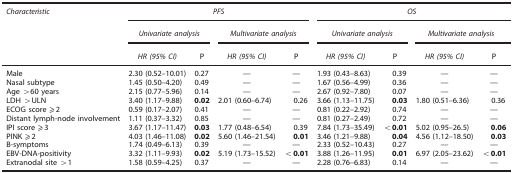
<table><thead><tr><td><b><i>Characteristic</i></b></td><td colspan="4"><b><i>PFS</i></b></td><td colspan="4"><b><i>OS</i></b></td></tr><tr><td><b> </b></td><td colspan="2"><b><i>Univariate analysis</i></b></td><td colspan="2"><b><i>Multivariate analysis</i></b></td><td colspan="2"><b><i>Univariate analysis</i></b></td><td colspan="2"><b><i>Multivariate analysis</i></b></td></tr><tr><td><b> </b></td><td><b><i>HR (95% CI)</i></b></td><td><b>P</b></td><td><b><i>HR (95% CI)</i></b></td><td><b>P</b></td><td><b><i>HR (95% CI)</i></b></td><td><b>P</b></td><td><b><i>HR (95% CI)</i></b></td><td><b>P</b></td></tr></thead><tbody><tr><td>Male</td><td>2.30 (0.52–10.01)</td><td>0.27</td><td>—</td><td>—</td><td>1.93 (0.43–8.63)</td><td>0.39</td><td>—</td><td>—</td></tr><tr><td>Nasal subtype</td><td>1.45 (0.50–4.20)</td><td>0.49</td><td>—</td><td>—</td><td>1.67 (0.56–4.99)</td><td>0.36</td><td>—</td><td>—</td></tr><tr><td>Age &gt;60 years</td><td>2.15 (0.77–5.96)</td><td>0.14</td><td>—</td><td>—</td><td>2.67 (0.92–7.80)</td><td>0.07</td><td>—</td><td>—</td></tr><tr><td>LDH &gt;ULN</td><td>3.40 (1.17–9.88)</td><td><b>0.02</b></td><td>2.01 (0.60–6.74)</td><td>0.26</td><td>3.66 (1.13–11.75)</td><td><b>0.03</b></td><td>1.80 (0.51–6.36)</td><td>0.36</td></tr><tr><td>ECOG score ⩾2</td><td>0.59 (0.17–2.07)</td><td>0.41</td><td>—</td><td>—</td><td>0.81 (0.22–2.92)</td><td>0.74</td><td>—</td><td>—</td></tr><tr><td>Distant lymph-node involvement</td><td>1.11 (0.37–3.32)</td><td>0.85</td><td>—</td><td>—</td><td>0.81 (0.27–2.49)</td><td>0.72</td><td>—</td><td>—</td></tr><tr><td>IPI score ⩾3</td><td>3.67 (1.17–11.47)</td><td><b>0.03</b></td><td>1.77 (0.48–6.54)</td><td>0.39</td><td>7.84 (1.73–35.49)</td><td><b>&lt;0.01</b></td><td>5.02 (0.95–26.5)</td><td><b>0.06</b></td></tr><tr><td>PINK ⩾2</td><td>4.03 (1.46–11.08)</td><td><b>0.02</b></td><td>5.60 (1.46–21.54)</td><td><b>0.01</b></td><td>3.46 (1.21–9.88)</td><td><b>0.04</b></td><td>4.56 (1.12–18.50)</td><td><b>0.03</b></td></tr><tr><td>B-symptoms</td><td>1.74 (0.49–6.13)</td><td>0.39</td><td>—</td><td>—</td><td>2.33 (0.52–10.43)</td><td>0.27</td><td>—</td><td>—</td></tr><tr><td>EBV-DNA-positivity</td><td>3.32 (1.11–9.93)</td><td><b>0.02</b></td><td>5.19 (1.73–15.52)</td><td><b>&lt;0.01</b></td><td>3.88 (1.26–11.95)</td><td><b>0.01</b></td><td>6.97 (2.05–23.62)</td><td><b>&lt;0.01</b></td></tr><tr><td>Extranodal site &gt;1</td><td>1.58 (0.59–4.25)</td><td>0.37</td><td>—</td><td>—</td><td>2.28 (0.76–6.83)</td><td>0.14</td><td>—</td><td>—</td></tr></tbody></table>